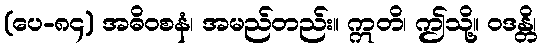
(ပေ-၈၄) အဓိဝစနံ၊ အမည်တည်း။ ဣတိ၊ ဤသို့။ ဝဒန္တိ၊